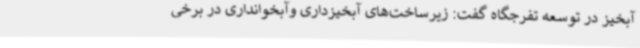
آبخیز در توسعه تفرجگاه گفت: زیرساخت‌های آبخیزداری وآبخوانداری در برخی